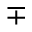
\mp